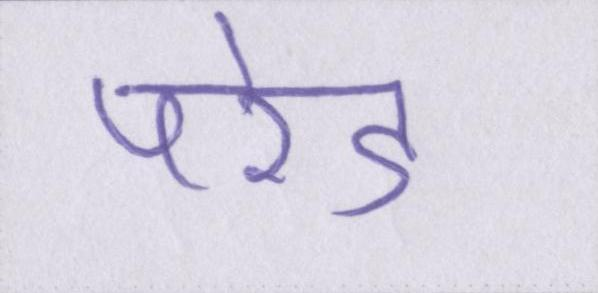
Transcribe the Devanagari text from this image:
परेड